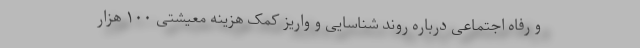
و رفاه اجتماعی درباره روند شناسایی و واریز کمک هزینه معیشتی ۱۰۰ هزار